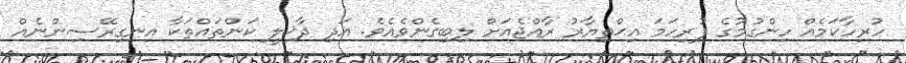
ހުރިހާކަމެއް ހިންގުމުގެ ފުރިހަމަ އިޙްތިޔާރު ރާއްޖެއަށް ލިބިގެންވެއެވެ. އަދި ދާޚިލީ ކަންތައްތަކާ އިނގިރޭސިންނެއް